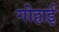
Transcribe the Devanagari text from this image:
गोहार्इं